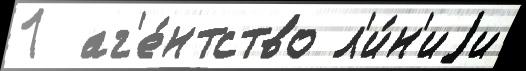
1  аг'е́нтство л'и́н'иjи